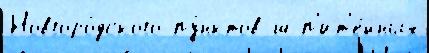
Новгоро́дского пу́нктов ш п'ит'е́йных